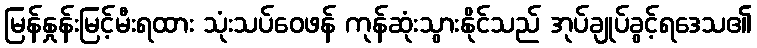
မြန်နှုန်းမြင့်မီးရထား သုံးသပ်ဝေဖန် ကုန်ဆုံးသွားနိုင်သည် အုပ်ချုပ်ခွင့်ရဒေသ၏